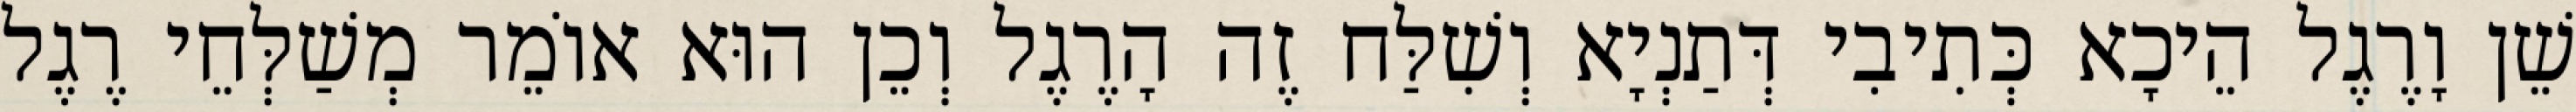
שֵׁן וָרֶגֶל הֵיכָא כְּתִיבִי דְּתַנְיָא וְשִׁלַּח זֶה הָרֶגֶל וְכֵן הוּא אוֹמֵר מְשַׁלְּחֵי רֶגֶל